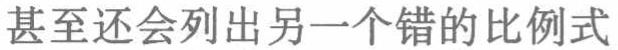
甚至还会列出另一个错的比例式